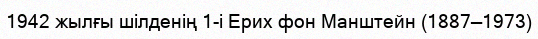
1942 жылғы шілденің 1-і Ерих фон Манштейн (1887—1973)